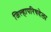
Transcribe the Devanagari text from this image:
जिल्हापरिषदेला